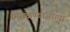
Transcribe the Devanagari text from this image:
मिसळण्याजोग्या